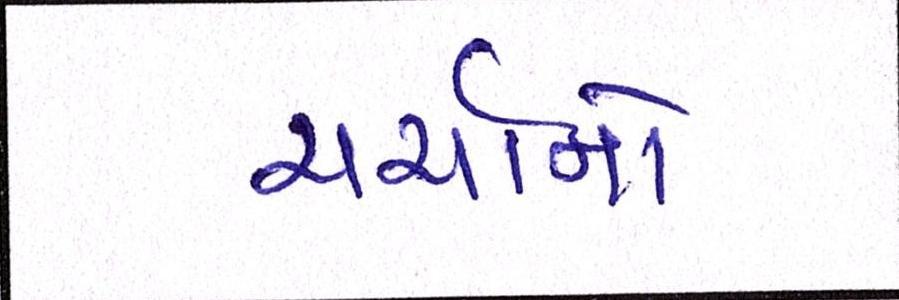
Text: ચર્ચાનો